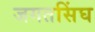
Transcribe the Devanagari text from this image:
जगतसिंघ